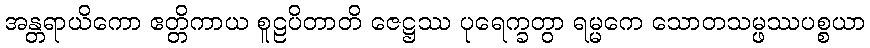
အန္တရာယိကော ဧတ္တိကာယ စူဠပိတာတိ ဇေဋ္ဌဿ ပုရေက္ခတွာ ရမ္မကေ သောတသမ္ဖဿပစ္စယာ